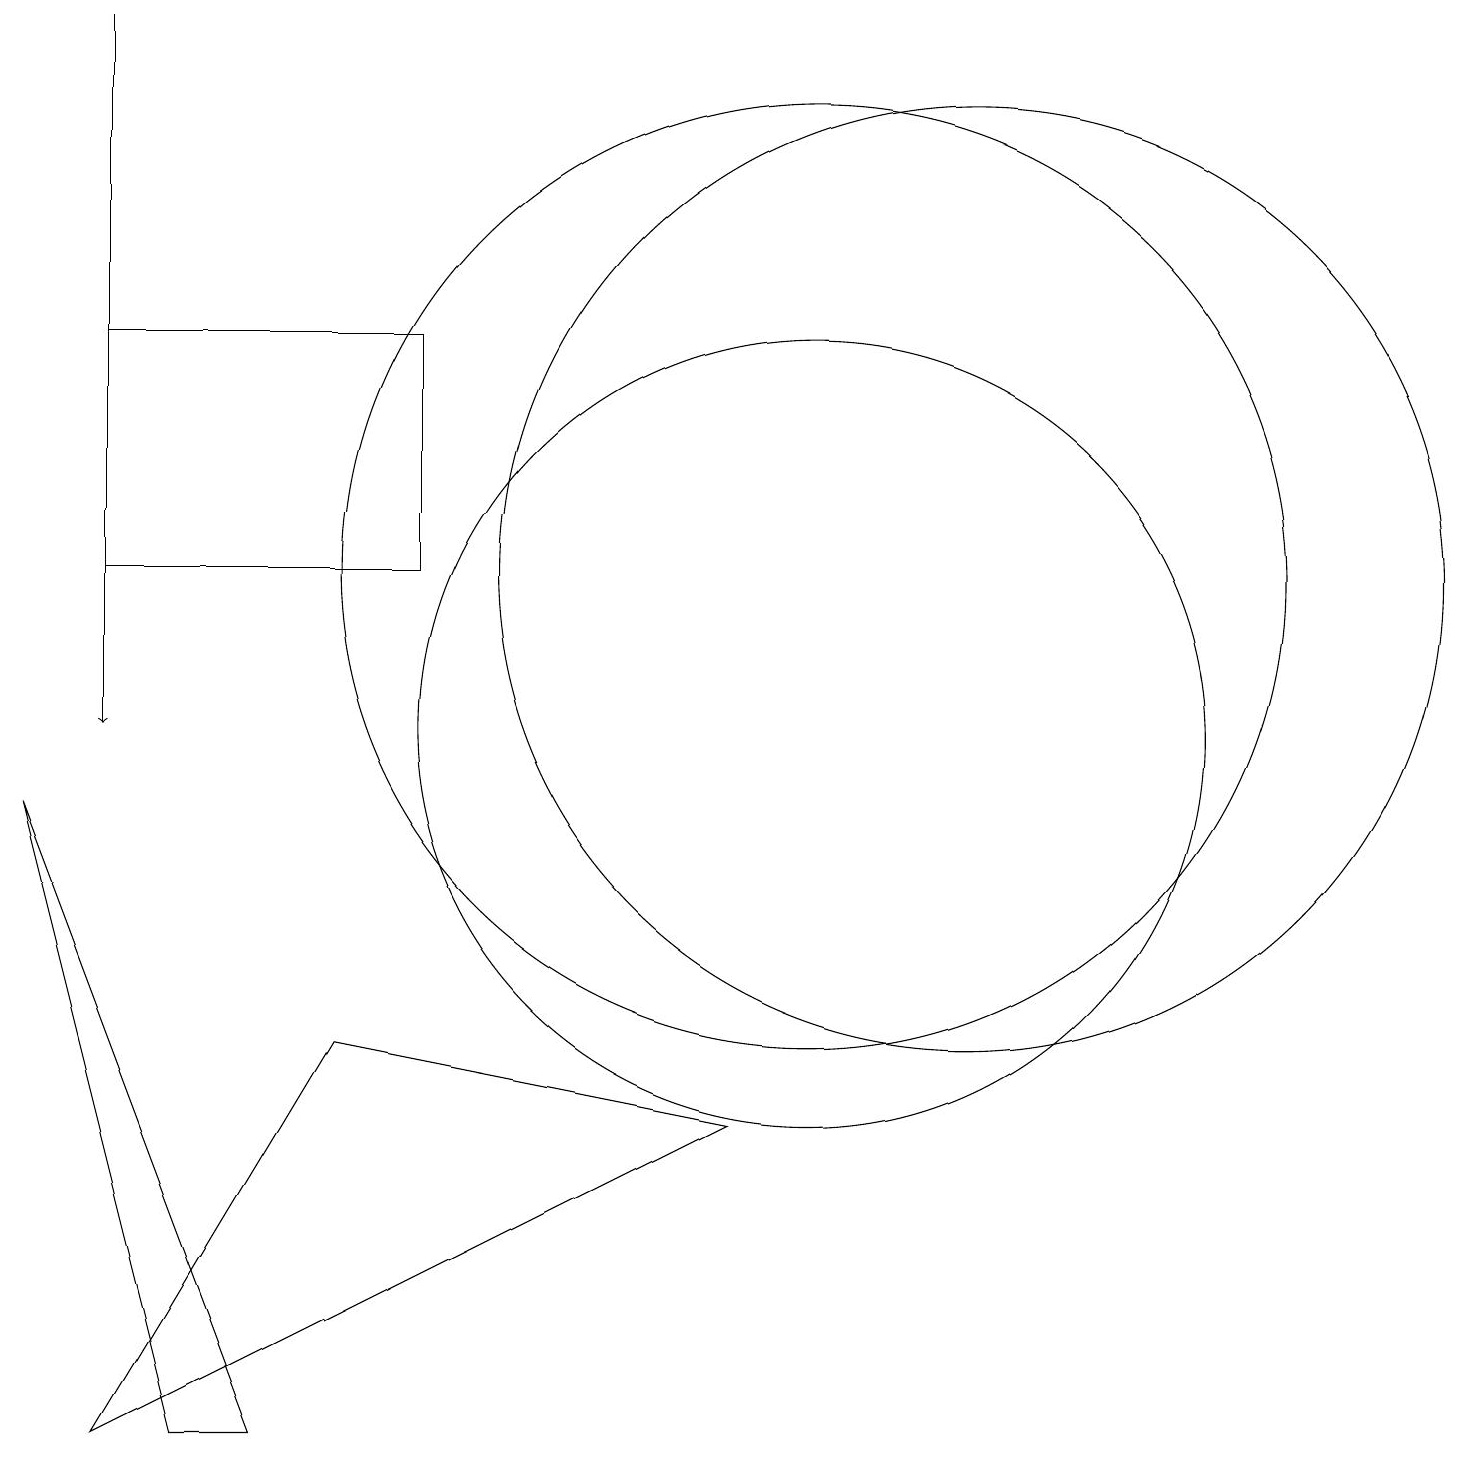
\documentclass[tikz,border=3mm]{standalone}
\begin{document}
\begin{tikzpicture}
\draw (10,12) circle (6);
\draw (12,12) circle (6);
\draw (5,12) rectangle (1,15);
\draw (1,1) -- (9,5) -- (4,6) -- cycle;
\draw[->] (1,19) -- (1,10);
\draw (10,10) circle (5);
\draw (2,1) -- (3,1) -- (0,9) -- cycle;
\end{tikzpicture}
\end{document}